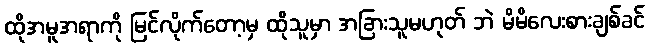
ထိုအမူအရာကို မြင်လိုက်တော့မှ ထိုသူမှာ အခြားသူမဟုတ် ဘဲ မိမိလေးစားချစ်ခင်